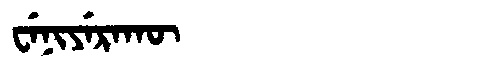
Manchu: ᠸᡝᠨᡳᠶᡝᡵᠠᡴᡡ
Romanization: WENIYERAKŪ